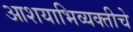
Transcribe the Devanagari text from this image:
आशयाभिव्यक्तीचे